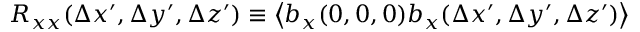
R _ { x x } ( \Delta x ^ { \prime } , \Delta y ^ { \prime } , \Delta z ^ { \prime } ) \equiv \left\langle b _ { x } ( 0 , 0 , 0 ) b _ { x } ( \Delta x ^ { \prime } , \Delta y ^ { \prime } , \Delta z ^ { \prime } ) \right\rangle